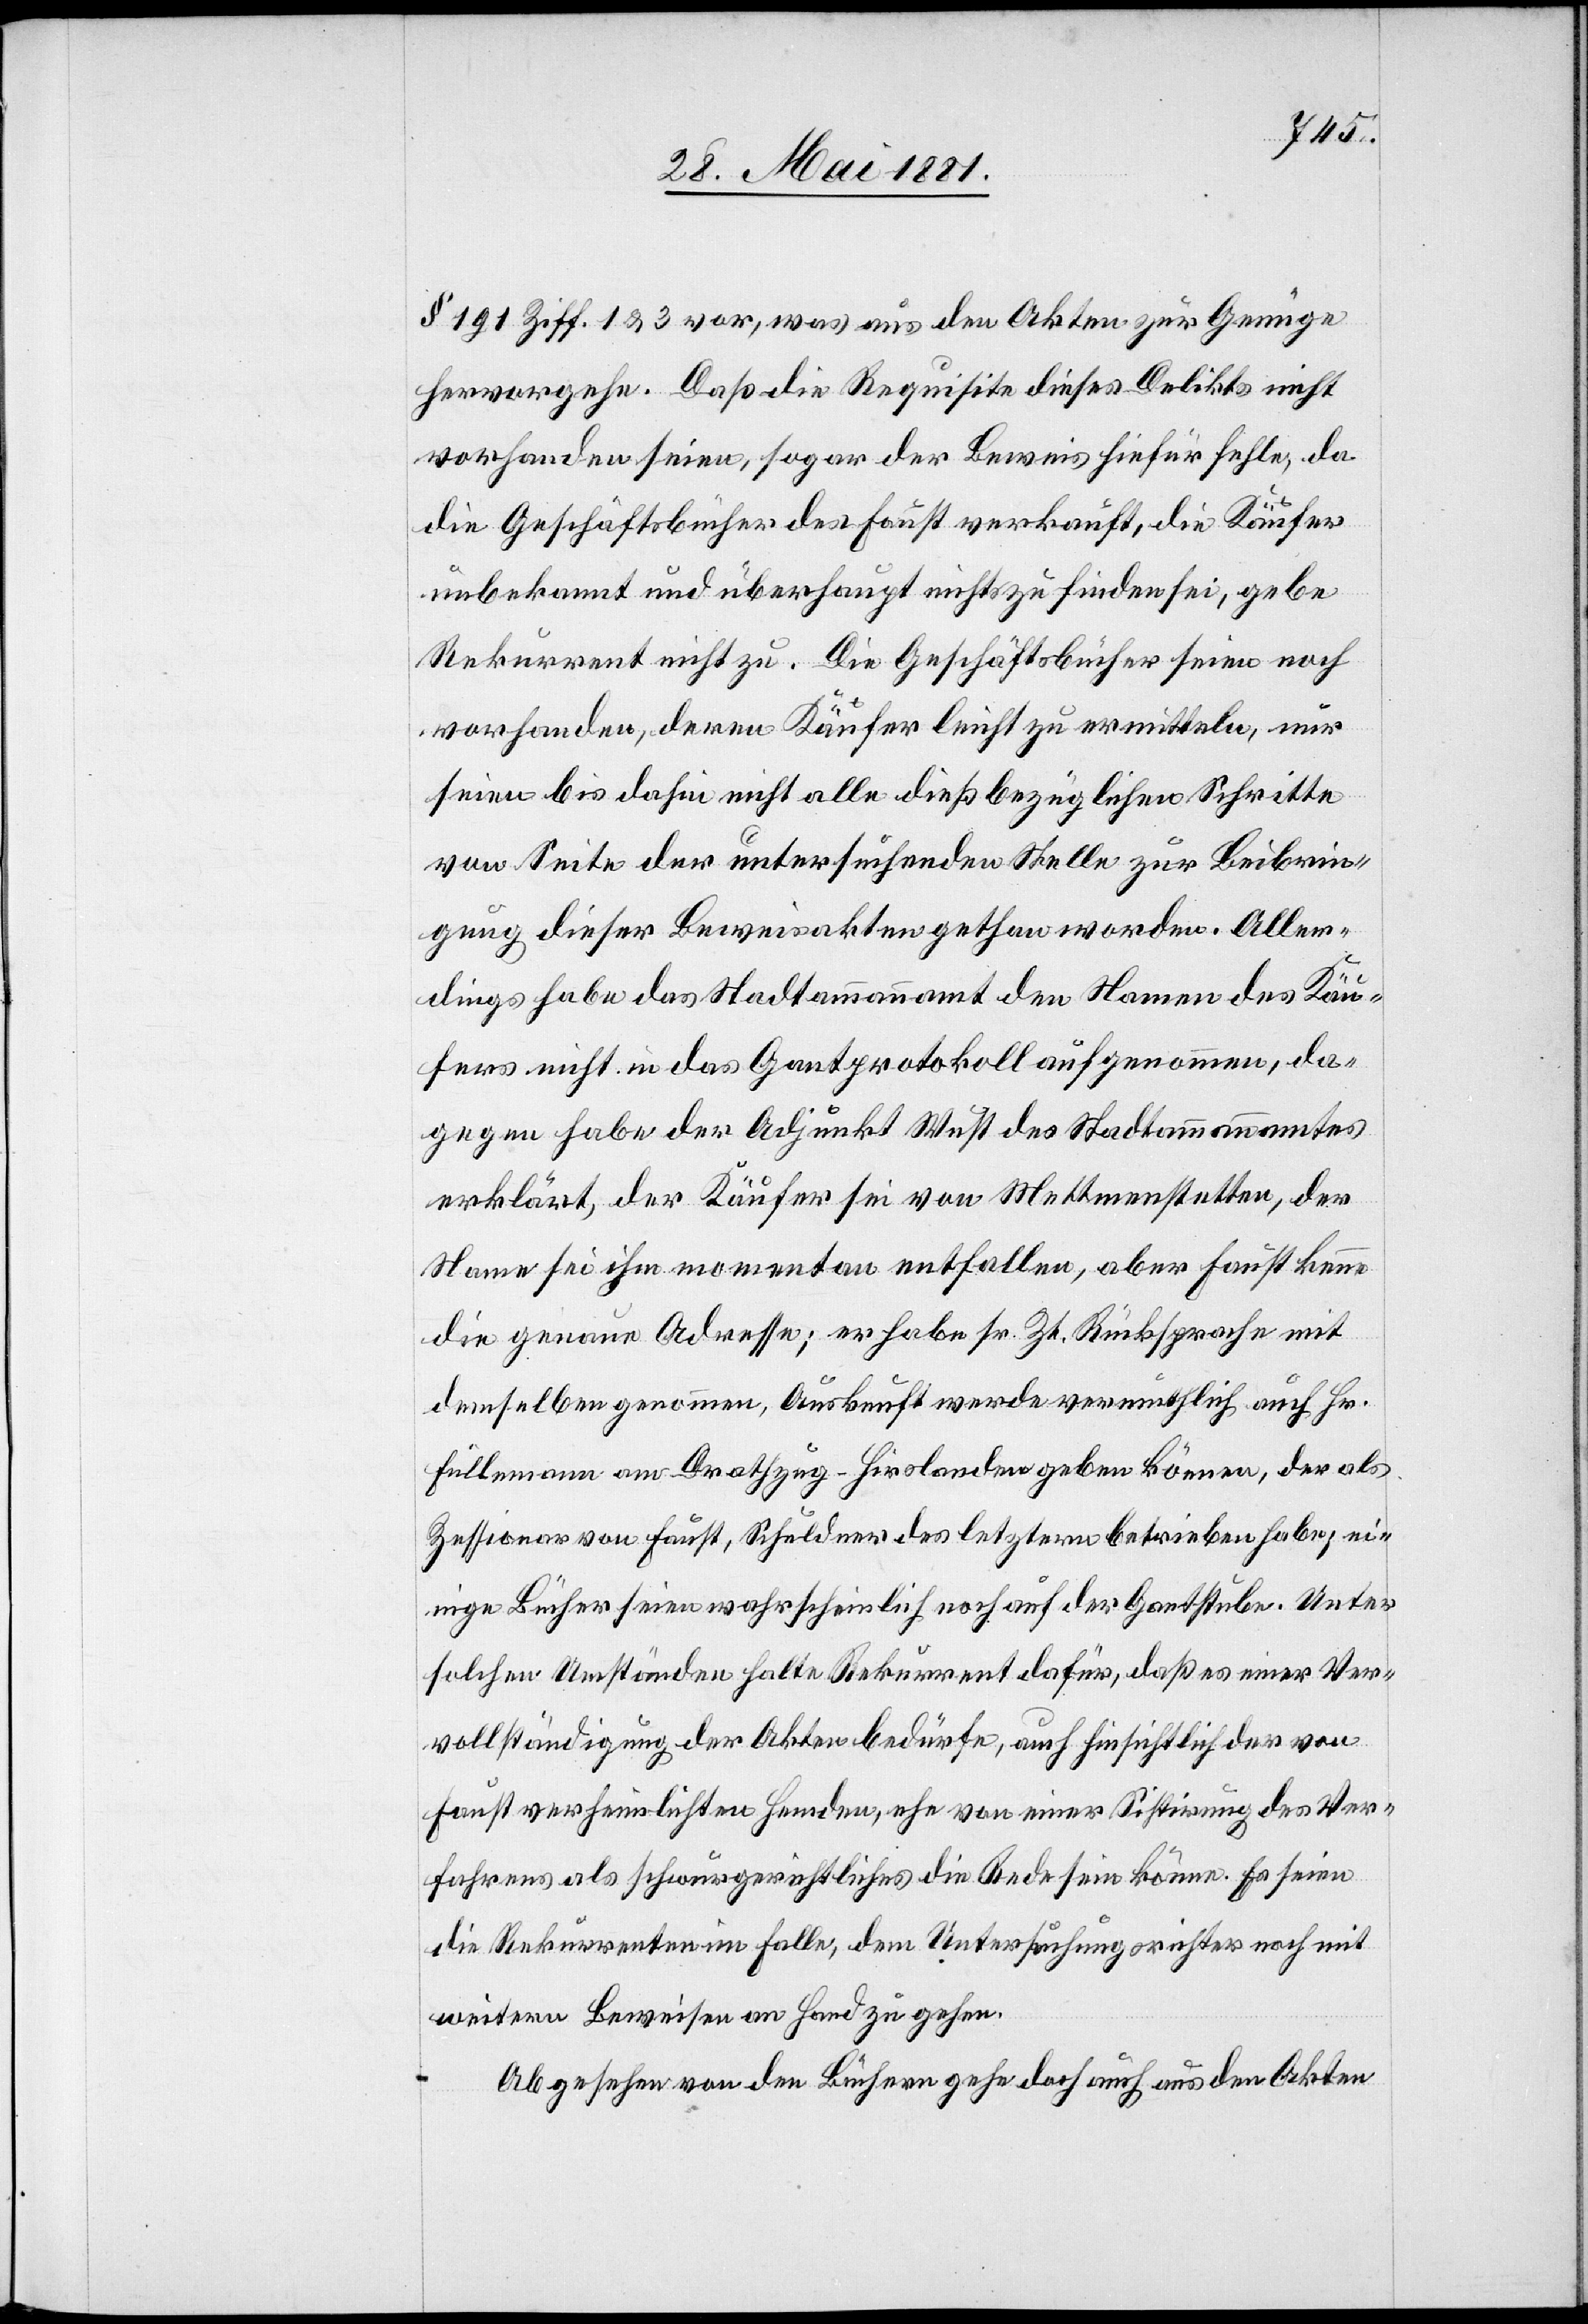
§ 191 Ziff. 1 & 3 vor, was aus den Akten zur Genüge
hervorgehe. Daß die Requisite dieses Deliktes nicht
vorhanden seien, sogar der Beweis hiefür fehle, da
die Geschäftsbücher des Faust verkauft, die Käufer
unbekannt und überhaupt nichts zu finden sei, gebe
Rekurrent nicht zu. Die Geschäftsbücher seien noch
vorhanden, deren Käufer leicht zu ermitteln, nur
seien bis dahin nicht alle dießbezüglichen Schritte
von Seite der untersuchenden Stelle zur Beibrin¬
gung dieser Beweisakten gethan worden. Aller¬
dings habe das Statthalteramt den Namen des Käu¬
fers nicht in das Gantprotokoll aufgenommen, da¬
gegen habe der Adjunkt Wust des Stadtammannamtes
erklärt, der Käufer sei von Mettmenstetten, der
Name sei ihm momentan entfallen aber Faust kenne
die genaue Adresse; er habe sr. Zt. Rücksprache mit
demselben genommen, Auskunft werde vermuthlich auch Hr.
Füllemann am Drathzug - Hirslanden geben können, der als
Zessionar von Faust, Schuldner des letztern betrieben habe; ei¬
nige Bücher seien wahrscheinlich noch auf der Gantstube. Unter
solchen Umständen halte Rekurrent dafür, daß es einer Ver¬
vollständigung der Akten bedürfe, auch hinsichtlich der von
Faust verheimlichten Hemden, ehe von einer Sistirung des Ver¬
fahrens als schwurgerichtliches die Rede sein könne. Es seien
die Rekurrenten im Falle, dem Untersuchungsrichter noch mit
weitern Beweise an Hand zu gehen.
Abgesehen von den Büchern gehe doch auch aus den Akten